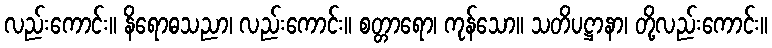
လည်းကောင်း။ နိရောဓသညာ၊ လည်းကောင်း။ စတ္တာရော၊ ကုန်သော။ သတိပဋ္ဌာနာ၊ တို့လည်းကောင်း။